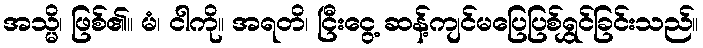
အသ္မိ၊ ဖြစ်၏။ မံ၊ ငါကို။ အရတိ၊ ငြီးငွေ့ ဆန့်ကျင်မပြေပြစ်ရွှင်ခြင်းသည်။